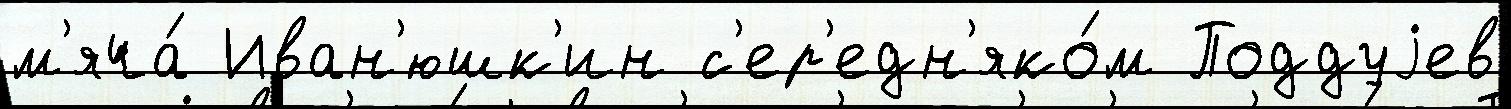
м'яча́ Иван'юшк'ин с'ер'едн'яко́м Поддуjев